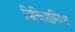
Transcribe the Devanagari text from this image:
विचित्रामिधा